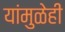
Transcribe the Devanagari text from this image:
यांमुळेही